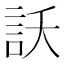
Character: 訞